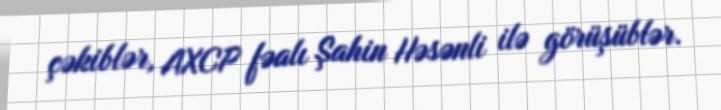
çəkiblər, AXCP fəalı Şahin Həsənli ilə görüşüblər.